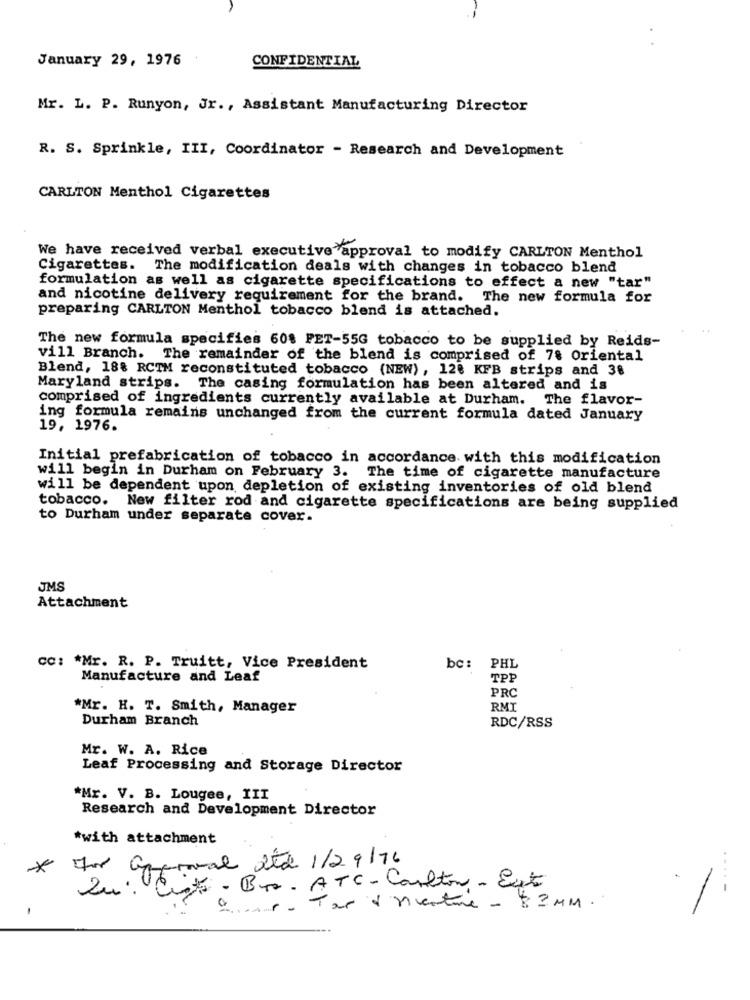
January 29, 1976
CONFIDENTIAL
Mr. L. P. Runyon, Jr ., Assistant Manufacturing Director
R. S. Sprinkle, III, Coordinator - Research and Development
CARLTON Menthol Cigarettes
We have received verbal executive approval to modify CARLTON Menthol
Cigarettes. The modification deals with changes in tobacco blend
formulation as well as cigarette specifications to effect a new "tar"
and nicotine delivery requirement for the brand. The new formula for
preparing CARLTON Menthol tobacco blend is attached.
The new formula specifies 60% PET-55G tobacco to be supplied by Reids-
vill Branch. The remainder of the blend is comprised of 78 Oriental
Blend, 18% RCTM reconstituted tobacco (NEW), 120 KFB strips and 38
Maryland strips. The casing formulation has been altered and is
comprised of ingredients currently available at Durham. The flavor-
ing formula remains unchanged from the current formula dated January
19, 1976.
Initial prefabrication of tobacco in accordance with this modification
will begin in Durham on February 3. The time of cigarette manufacture
will be dependent upon depletion of existing inventories of old blend
tobacco.
New filter rod and cigarette specifications are being supplied
to Durham under separate cover.
JMS
Attachment
CC: * Mr. R. P. Truitt, Vice President
bc :
PHL
Manufacture and Leaf
TPP
PRC
*Mr. H. T. Smith, Manager
RMT
Durham Branch
RDC/RSS
Mr. W. A. Rice
Leaf Processing and Storage Director
*Mr. V. B. Lougee, III
Research and Development Director
*with attachment
For approval Ltd 1/29/76
-
Zu: Cit - Bro. ATC-Carlton- Ext
-----
-
a .... . . Tar + nventure - 83 MM.